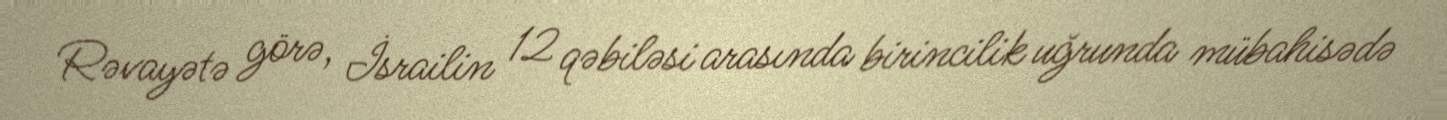
Rəvayətə görə, İsrailin 12 qəbiləsi arasında birincilik uğrunda mübahisədə